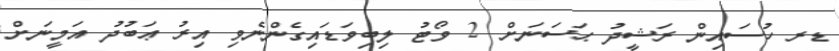
ޑރ ހުސައިން ރަޝީދު ޙަސަނަށް 2 ވޯޓު ލިބިވަޑައިގެންނެވި އިރު ޢަބުދު އަމީނަށް